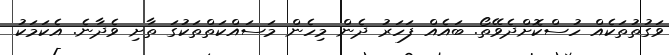
ވަގުތުތަކެއް ހުސްކޮށްދެވޭތޯ. ބައެއް ފަހަރު ދެން މިހެން މަސައްކަތްތަކުގަ ތާށި ވެދާނެ. އެކަމަކު